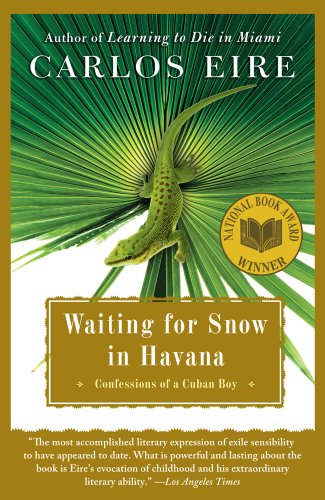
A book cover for Waiting for Snow in Havana: Confessions of a Cuban Boy; Carlos Eire; Biographies & Memoirs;